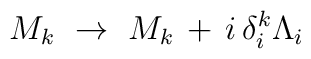
M_k\ \rightarrow\ M_k\, +\, i\, \delta^k_i \Lambda_i